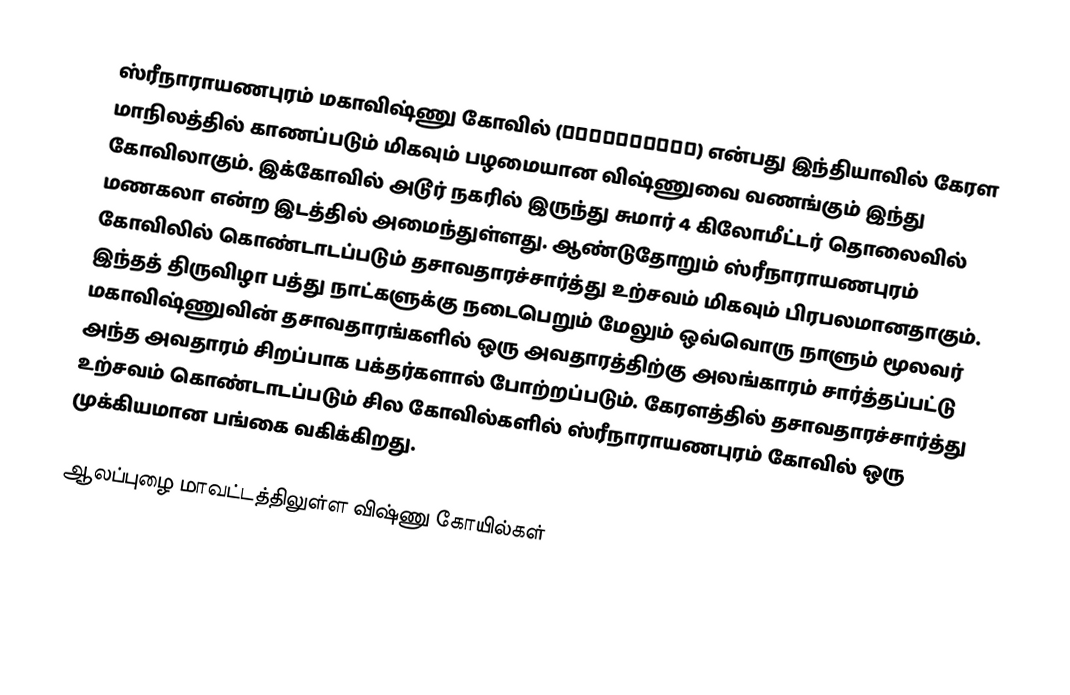
ஸ்ரீநாராயணபுரம் மகாவிஷ்ணு கோவில் (നാരായണപുരം) என்பது இந்தியாவில் கேரள மாநிலத்தில் காணப்படும் மிகவும் பழமையான விஷ்ணுவை வணங்கும் இந்து கோவிலாகும். இக்கோவில் அடூர் நகரில் இருந்து சுமார் 4 கிலோமீட்டர் தொலைவில் மணகலா என்ற இடத்தில் அமைந்துள்ளது. ஆண்டுதோறும் ஸ்ரீநாராயணபுரம் கோவிலில் கொண்டாடப்படும் தசாவதாரச்சார்த்து உற்சவம் மிகவும் பிரபலமானதாகும். இந்தத் திருவிழா பத்து நாட்களுக்கு நடைபெறும் மேலும் ஒவ்வொரு நாளும் மூலவர் மகாவிஷ்ணுவின் தசாவதாரங்களில் ஒரு அவதாரத்திற்கு அலங்காரம் சார்த்தப்பட்டு அந்த அவதாரம் சிறப்பாக பக்தர்களால் போற்றப்படும். கேரளத்தில் தசாவதாரச்சார்த்து உற்சவம் கொண்டாடப்படும் சில கோவில்களில் ஸ்ரீநாராயணபுரம் கோவில் ஒரு முக்கியமான பங்கை வகிக்கிறது.

ஆலப்புழை மாவட்டத்திலுள்ள விஷ்ணு கோயில்கள்